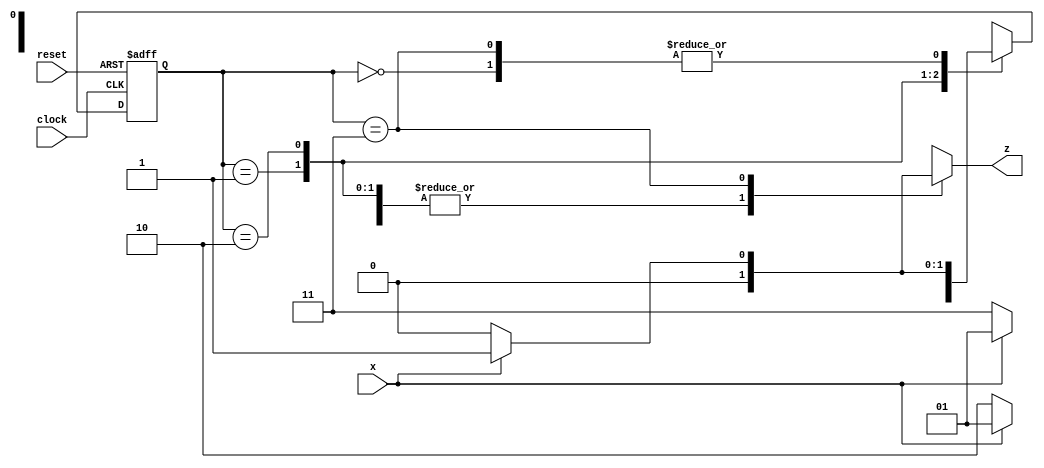
`timescale 1ns/100ps
module mod2(clock, reset, x, z);

	input clock, reset, x;
	output reg z;
	
	parameter A = 2'b00, B = 2'b01, C = 2'b10, D = 2'b11;
	reg [1:0] nxt, curr;
	
	always@(*)
	begin
		casex(curr)
		A: if(x==1)
				begin
					nxt=B;
					z=0;
				end 
			else
				begin
					nxt=A;
					z=0;
				end
		
		B: if(x==1)
				begin
					nxt=B;
					z=0;
				end 
			else
				begin
					nxt=C;
					z=0;
				end
		
		C: if(x==1)
				begin
					nxt=B;
					z=0;
				end 
			else
				begin
					nxt=D;
					z=0;
				end
		
		D: if(x==1)
				begin
					nxt=B;
					z=1;
				end 
			else
				begin
					nxt=A;
					z=0;
				end
		
		default: begin
					nxt = 2'bxx;
					z = 1'bx;
				end
				
		endcase
	end

	always@(posedge clock, posedge reset)
	begin
		if(reset==1)
			curr <= A;
		else
			curr <= nxt;
	end
endmodule